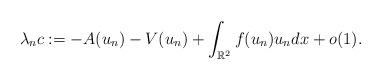
LaTeX: \begin{align*}\lambda _{n}c:=-A(u_{n})-V(u_{n})+\int_{\mathbb{R}^{2}}f(u_{n})u_{n}dx+o(1).\end{align*}